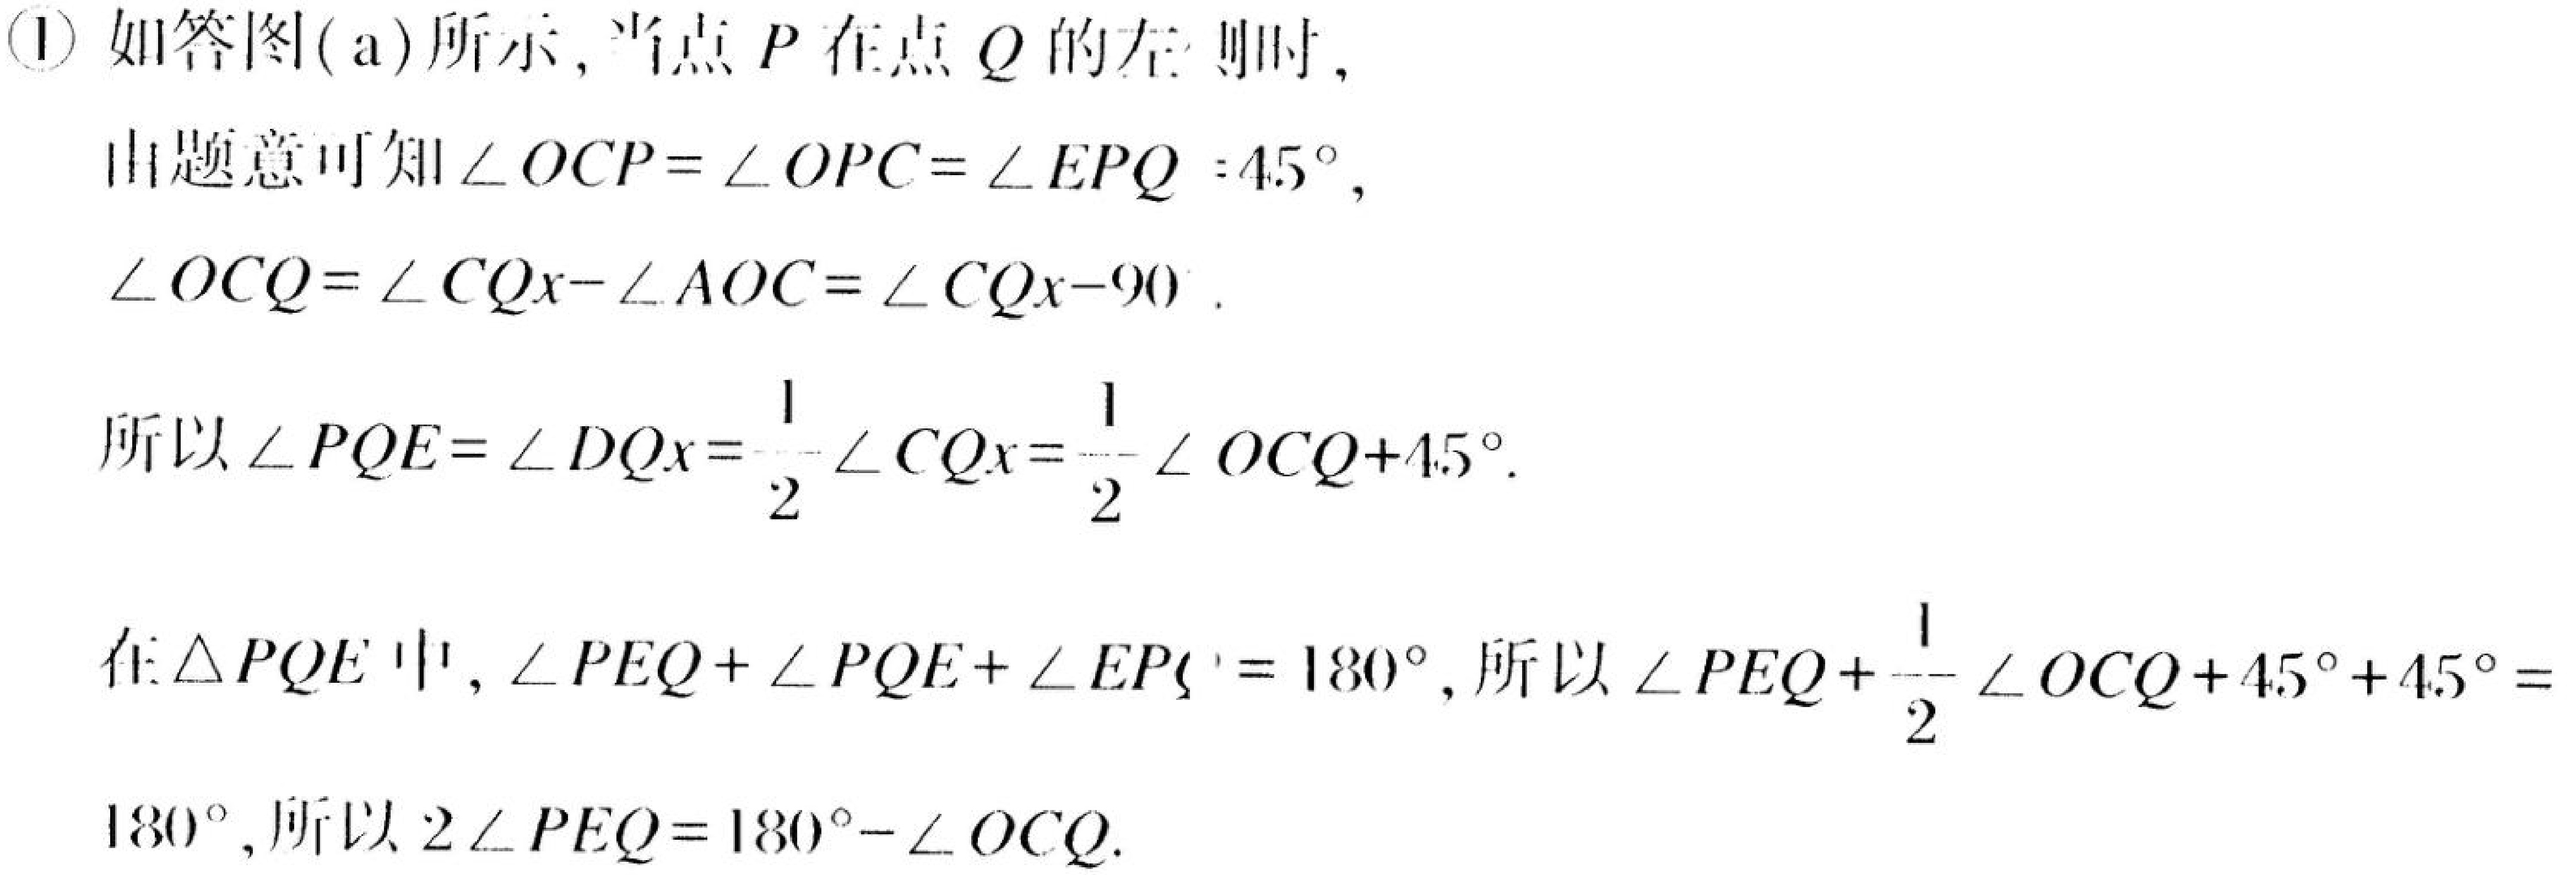
\textcircled{1} 如答图(a)所示, 当点 \(P\) 在点 \(Q\) 的左侧时,
由题意可知 \(\angle OCP=\angle OPC = \angle EPQ = 45^{\circ}\),
\(\angle OCQ=\angle CQx - \angle AOC=\angle CQx - 90\).
所以 \(\angle PQE=\angle DQx=\frac{1}{2}\angle CQx=\frac{1}{2}\angle OCQ + 45^{\circ}\).
在 \(\triangle PQE\) 中, \(\angle PEQ+\angle PQE+\angle EPQ = 180^{\circ}\), 所以 \(\angle PEQ+\frac{1}{2}\angle OCQ + 45^{\circ}+45^{\circ}=
180^{\circ}\), 所以 \(2\angle PEQ = 180^{\circ}-\angle OCQ\).